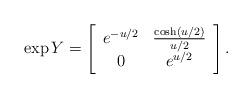
LaTeX: \begin{align*}\exp Y = \left[\begin{array}{cc}e^{-{u/2}} & {\cosh(u/2)\over u/2}\\ 0 & e^{u/2}\end{array}\right].\end{align*}